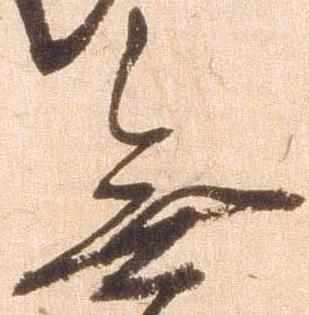
無